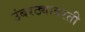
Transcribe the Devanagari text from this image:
उंबरठ्यावरती